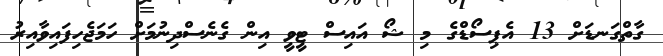
ގާތްގަނޑަށް 13 އެޕިސޯޑްގެ މި ޝޯ އައިސް ޓީވީ އިން ގެނެސްދިނުމަށް ހަމަޖެހިފައިވާއިރު